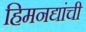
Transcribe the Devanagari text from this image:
हिमनद्यांची